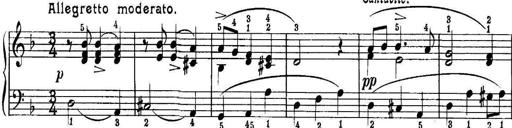
Title: Quatres sonatines
Composer: Tadeusz Joteyko